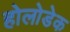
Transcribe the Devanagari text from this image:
होलोडेक